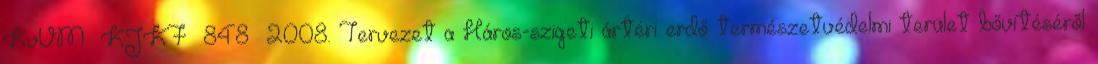
KvVM KJKF 848 2008. Tervezet a Háros-szigeti ártéri erdő természetvédelmi terület bővítéséről